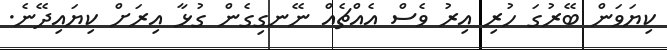
ކިޔަވަން ބޭރުގަ ހުރި އިރު ވެސް އެއްޗެއް ނޭނގިގެން ގުޅާ އިރަށް ކިޔައިދޭނެ.